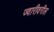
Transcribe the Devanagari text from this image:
ज्वारीवरील